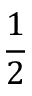
\frac 1 2